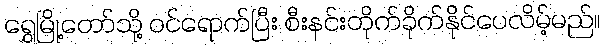
ရွှေမြို့တော်သို့ ဝင်ရောက်ပြီး စီးနင်းတိုက်ခိုက်နိုင်ပေလိမ့်မည်။